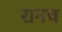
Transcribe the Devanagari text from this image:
रानच